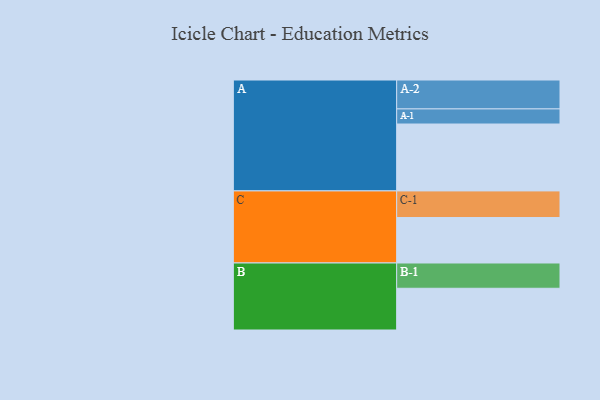
{"axis": {"x": "Segment", "y": "Value"}, "legend": ["", "A", "B", "C"], "data": [{"x": "A", "y": 553, "type": ""}, {"x": "B", "y": 345, "type": ""}, {"x": "C", "y": 376, "type": ""}, {"x": "A-1", "y": 125, "type": "A"}, {"x": "A-2", "y": 239, "type": "A"}, {"x": "B-1", "y": 209, "type": "B"}, {"x": "C-1", "y": 220, "type": "C"}]}